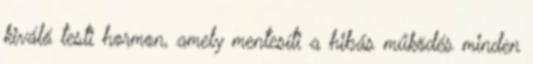
kiváló testi hormon, amely mentesíti a hibás működés minden